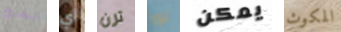
مغتصب أي ترن نورا يمكن المكوث